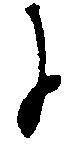
に